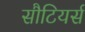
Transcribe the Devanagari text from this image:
सौटियर्स